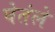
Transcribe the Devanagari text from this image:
घेतंले